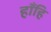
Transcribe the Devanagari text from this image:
हाँहि